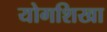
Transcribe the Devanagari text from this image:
योगशिखा